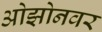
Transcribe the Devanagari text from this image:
ओझोनवर